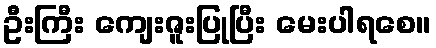
ဦးကြီး ကျေးဇူးပြုပြီး မေးပါရစေ။